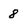
Character: 8